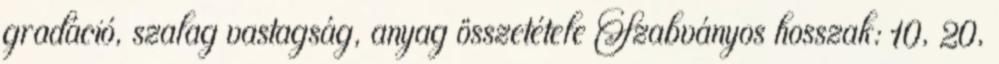
gradáció, szalag vastagság, anyag összetétele Szabványos hosszak: 10, 20,